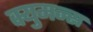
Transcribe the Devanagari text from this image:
क्युमन्स